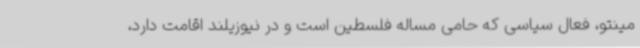
مینتو، فعال سیاسی که حامی مساله فلسطین است و در نیوزیلند اقامت دارد،